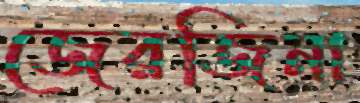
জেরজিনা